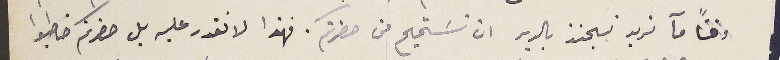
وقتاًمآ نريد نجنز بالدير ان نسَتميح من حضرتكم. فهذا لا نقدر عليه بل حضرتكم خاطبوا